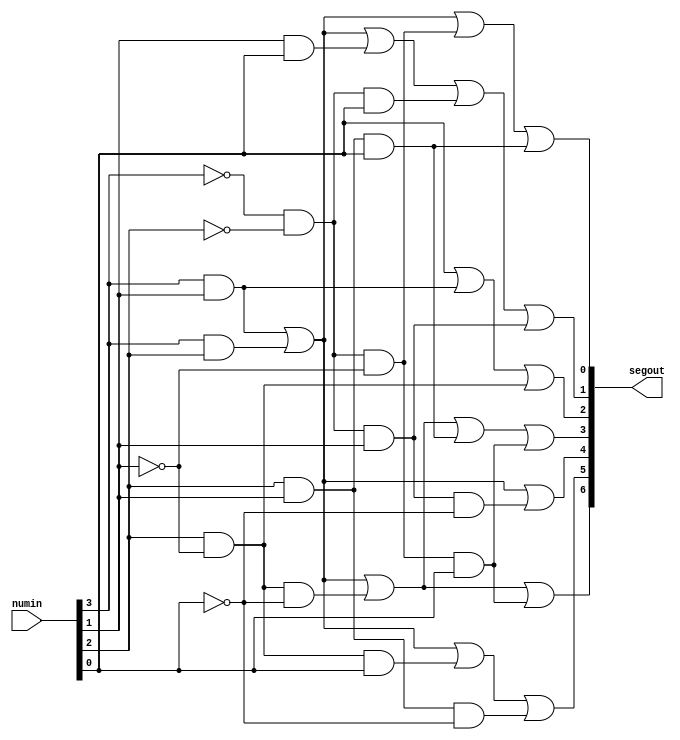
`timescale 1ns / 1ps
//////////////////////////////////////////////////////////////////////////////////
// Company: 
// Engineer: 
// 
// Design Name: 
// Module Name: SevenSegment
// Project Name: 
// 
//////////////////////////////////////////////////////////////////////////////////

module SevenSegment(numin, segout);
    input [3:0] numin;
    output reg [6:0] segout;

    always @(numin)
    begin
    	// Segment A
        segout[6] <= (numin[3] & numin[1]) | (numin[3] & numin[2]) | 
        			(numin[2] & ~numin[1] & ~numin[0]) | (~numin[3] & ~numin[2] & ~numin[1] & numin[0]);
		
		// Segment B
		segout[5] <= (numin[3]&numin[1]) | (numin[3]&numin[2]) | 
        			(numin[2] & ~numin[1] & numin[0]) | (numin[2] & numin[1] & ~numin[0]);
        
        // Segment C
        segout[4] <= (numin[3]&numin[1]) | (numin[3]&numin[2]) | 
        			(~numin[3] & ~numin[2] & numin[1] & ~numin[0]);

        // Segment D
        segout[3] <= (numin[3] & numin[1]) | (numin[3] & numin[2]) | 
        			(numin[2] & ~numin[1] & ~numin[0]) | (numin[2] & numin[1] & numin[0]) | 
        			(~numin[3] & ~numin[2] & ~numin[1] & numin[0]);
		
		// Segment E
		segout[2] <= numin[0] | (numin[3] & numin[1]) | (numin[2] & ~numin[1]);
        
        // Segment F
        segout[1] <= (numin[3] & numin[1]) | (numin[3] & numin[2]) | 
        			(numin[1] & numin[0]) | (~numin[3] & ~numin[2] & numin[0]) |
        			(~numin[3] & ~numin[2] & numin[1]);

        // Segment G
        segout[0] <= (numin[3] & numin[1]) | (numin[3] & numin[2]) | 
        			(~numin[3] & ~numin[2] & ~numin[1]) | (numin[2] & numin[1] & numin[0]);
        
    end
endmodule